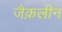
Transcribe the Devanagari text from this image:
जैक़लीन